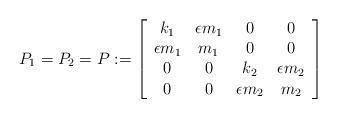
LaTeX: \begin{align*}P_1 = P_2 = P: =\left[\begin{array}{cccc}k_1 &\epsilon m_1 &0 &0\\\epsilon m_1 &m_1 &0 &0\\0 &0 &k_2 &\epsilon m_2\\0 &0 &\epsilon m_2 &m_2\end{array}\right]\end{align*}